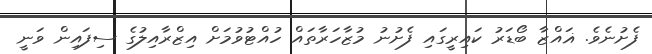
ފެށުނެވެ. ޣައްޒާ ބޯޑަރު ކައިރީގައި ފެށުނު މުޒާހަރާތައް ހުއްޓުވުމަށް އިޒްރާއިލުގެ ސިފައިން ވަނީ